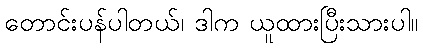
တောင်းပန်ပါတယ်၊ ဒါက ယူထားပြီးသားပါ။